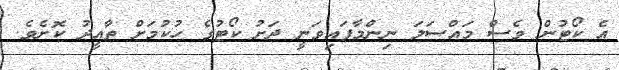
އެ ކޯޓުން ވެސް މައްސަލަ ނިންމާފައިވަނީ ދަށު ކޯޓުގެ ހުކުމަށް ތާއީދު ކޮށެވެ.